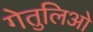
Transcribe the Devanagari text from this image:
गेतुलिओ